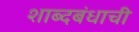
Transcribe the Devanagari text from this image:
शाब्दबंधाची